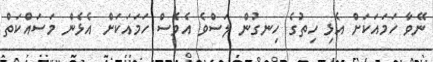
ނޭވާ ހަމައަކަށް އެޅި ހިތުގެ ހިނގުން ލަސްވެ އެވެސް ހަމައަކަށް އެޅެން މަސައްކަތް